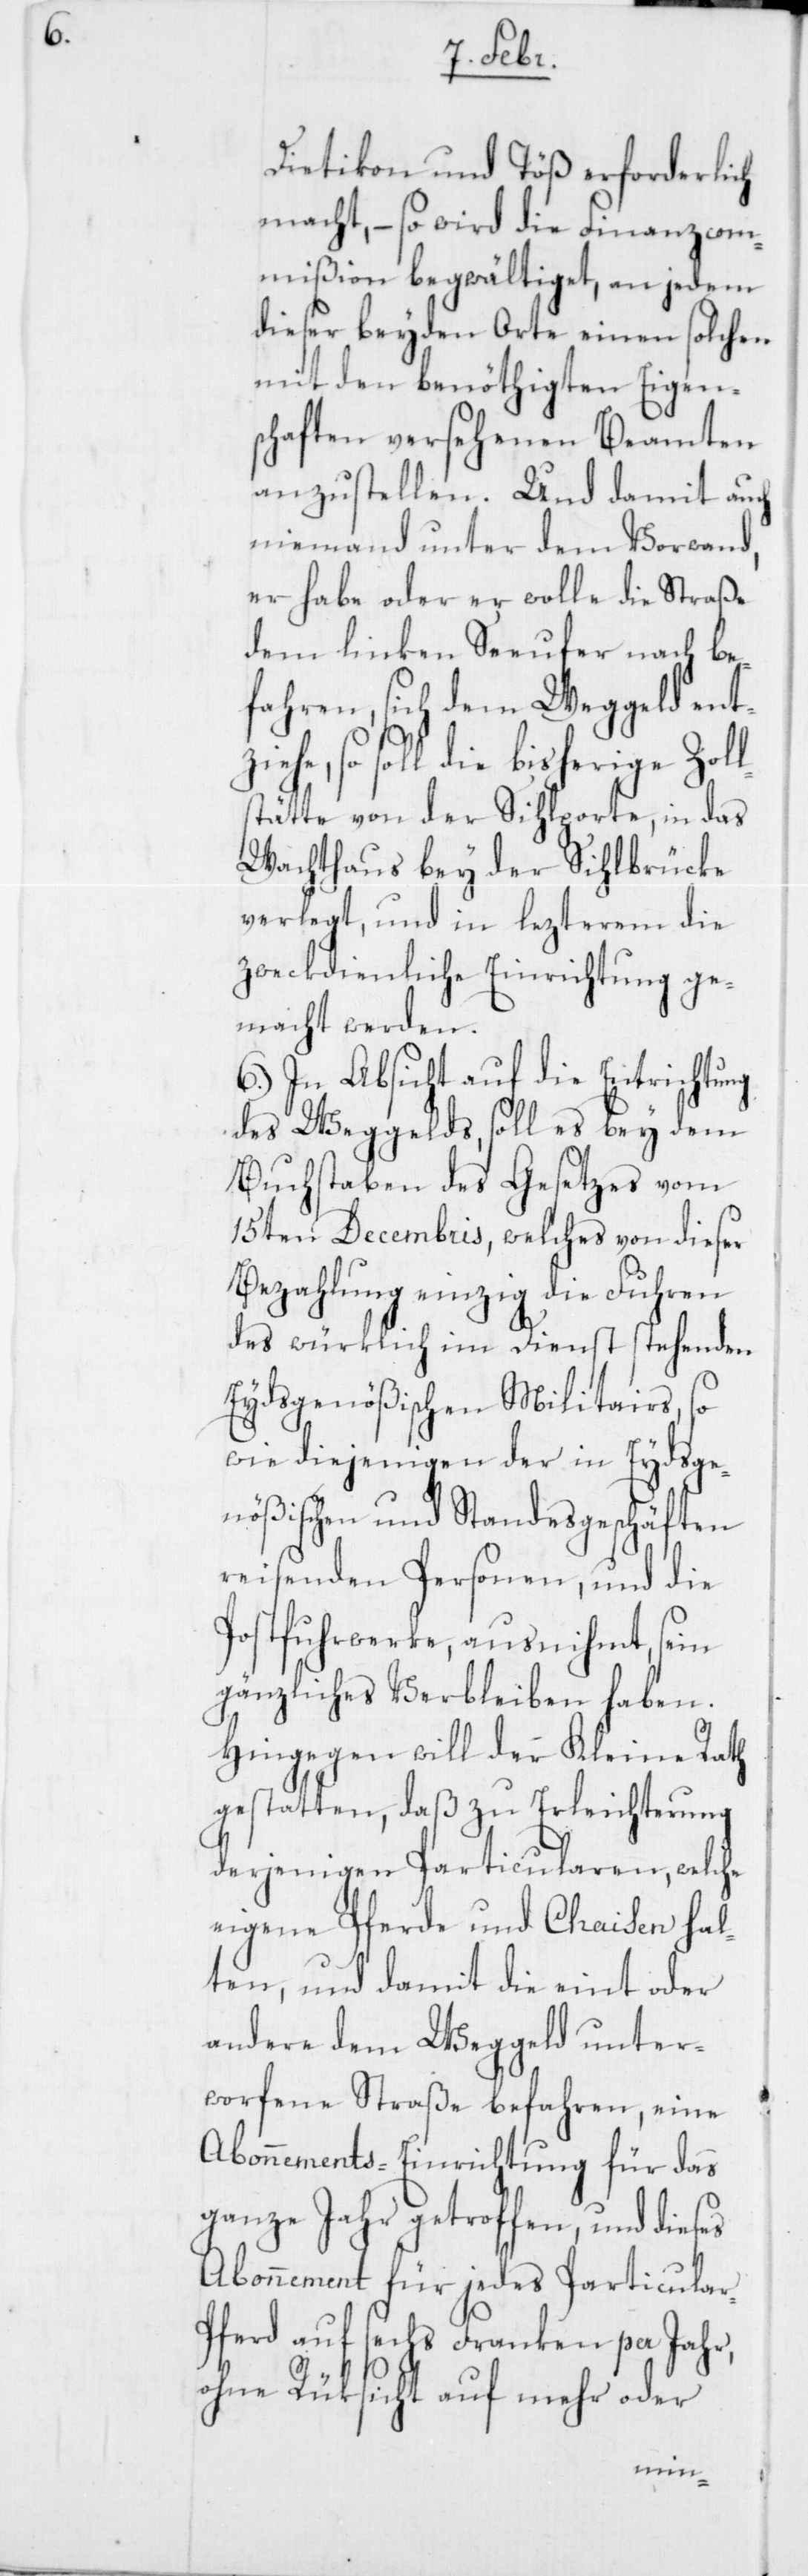
ls¬

Dietikon und Töß erforderlich
macht, – so wird die Finanzcom¬
mißion begwältiget, an jedem
dieser beyden Orte einen solchen
mit den benöthigten Eigen¬
schaften versehenen Beamten
anzustellen. Und damit auch
niemand unter dem Vorwand,
er habe oder er wolle die Straße
dem linken Seeufer nach be¬
fahren, sich dem Weggeld entz¬
iehe, so soll die bisherige Zol¬
tätte von der Sihlporte, in das
Wachthaus bey der Sihlbrücke
verlegt, und in lezterem die
zweckdienliche Einrichtung ge¬
macht werden.
6.) In Absicht auf die Entrichtung
des Weggelds, soll es bey dem
Buchstaben des Gesetzes vom
15ten Decembris, welches von dieser
Bezahlung einzig die Fuhren
des würklich im Dienst stehenden
Eydsgenößischen Militairs, so
wie diejenigen der in Eydsge¬
nößischen und Standesgeschäften
reisenden Personen, und die
Postfuhrwerke, ausnihmt, sein
gänzliches Verbleiben haben.
Hingegen will der Kleine Rath
gestatten, daß zu Erleichterung
derjenigen Particularen, welche
eigene Pferde und Chaisen hal¬
ten, und damit die eint oder
andere dem Weggeld unter¬
worfene Straße befahren, eine
Abonnements-Einrichtung für das
ganze Jahr getroffen, und dieses
Abonnement für jedes Particular-P¬
ferd auf sechs Franken per Jahr,
ohne Rüksicht auf
mehr oder